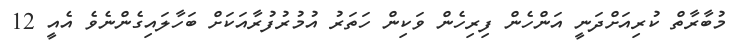
މުބާރާތް ކުރިއަށްދަނީ އަންހެން ފިރިހެން ވަކިން ހަތަރު އުމުރުފުރާއަކަށް ބަހާލައިގެންނެވެ އެއީ 12